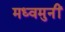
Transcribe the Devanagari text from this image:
मध्वमुनीं